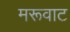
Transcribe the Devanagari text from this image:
मरूवाट